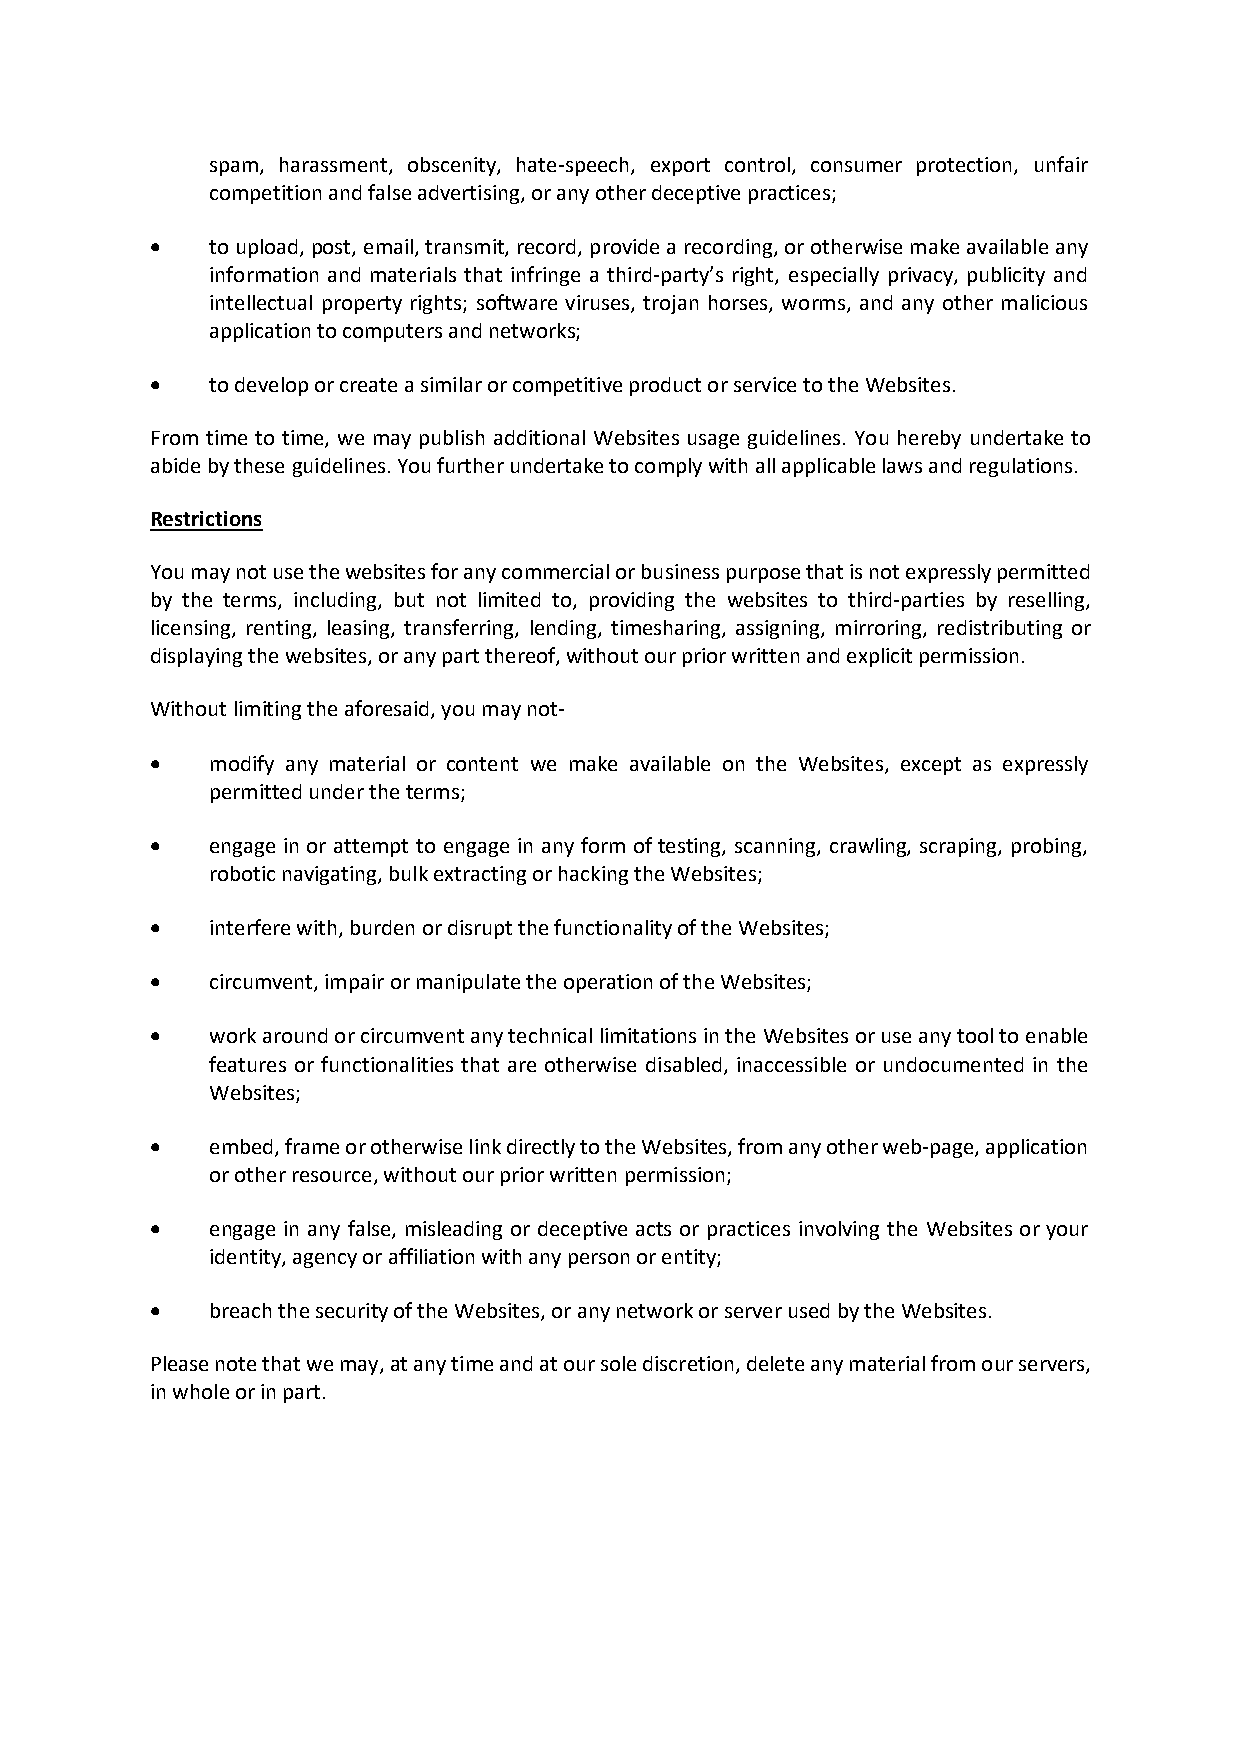
spam, harassment, obscenity, hate-speech, export control, consumer protection, unfair
 competition and false advertising, or any other deceptive practices;
 •   to upload, post, email, transmit, record, provide a recording, or otherwise make available any
 information and materials that infringe a third-party’s right, especially privacy, publicity and
 intellectual property rights; software viruses, trojan horses, worms, and any other malicious
 application to computers and networks;
 •   to develop or create a similar or competitive product or service to the Websites.
 From time to time, we may publish additional Websites usage guidelines. You hereby undertake to
 abide by these guidelines. You further undertake to comply with all applicable laws and regulations.
 Restrictions
 You may not use the websites for any commercial or business purpose that is not expressly permitted
 by the terms, including, but not limited to, providing the websites to third-parties by reselling,
 licensing, renting, leasing, transferring, lending, timesharing, assigning, mirroring, redistributing or
 displaying the websites, or any part thereof, without our prior written and explicit permission.
 Without limiting the aforesaid, you may not-
 •   modify any material or content we make available on the Websites, except as expressly
 permitted under the terms;
 •   engage in or attempt to engage in any form of testing, scanning, crawling, scraping, probing,
 robotic navigating, bulk extracting or hacking the Websites;
 •   interfere with, burden or disrupt the functionality of the Websites;
 •   circumvent, impair or manipulate the operation of the Websites;
 •   work around or circumvent any technical limitations in the Websites or use any tool to enable
 features or functionalities that are otherwise disabled, inaccessible or undocumented in the
 Websites;
 •   embed, frame or otherwise link directly to the Websites, from any other web-page, application
 or other resource, without our prior written permission;
 •   engage in any false, misleading or deceptive acts or practices involving the Websites or your
 identity, agency or affiliation with any person or entity;
 •   breach the security of the Websites, or any network or server used by the Websites.
 Please note that we may, at any time and at our sole discretion, delete any material from our servers,
 in whole or in part.